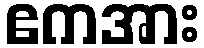
ဧကအား